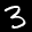
Label: 3